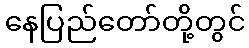
နေပြည်တော်တို့တွင်